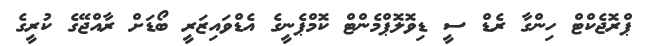
ޕްރޮޖެކްޓް ހިންގާ ރެޑް ސީ ޑިވޮލޮޕްމެންޓް ކޮމްޕެނީގެ އެޑްވައިޒަރީ ބޯޑަށް ރާއްޖޭގެ ކުރީގެ